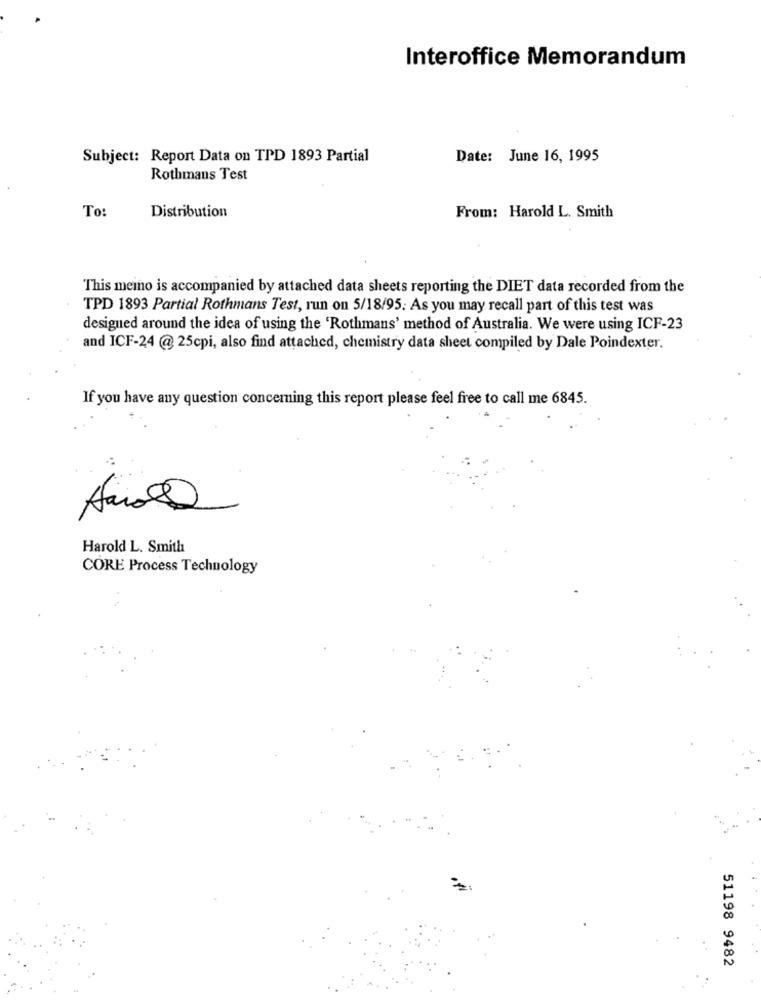
Interoffice Memorandum
Subject: Report Data on TPD 1893 Partial
Date: June 16, 1995
Rothmans Test
To:
Distribution
From: Harold L. Smith
This memo is accompanied by attached data sheets reporting the DIET data recorded from the
TPD 1893 Partial Rothmans Test, run on 5/18/95: As you may recall part of this test was
designed around the idea of using the 'Rothmans' method of Australia. We were using ICF-23
and ICF-24 @ 25cpi, also find attached, chemistry data sheet compiled by Dale Poindexter.
If you have any question concerning this report please feel free to call me 6845.
Harold L. Smith
CORE Process Technology
51198 9482